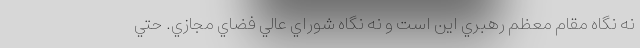
نه نگاه مقام معظم رهبري اين است و نه نگاه شوراي عالي فضاي مجازي. حتي